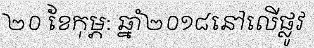
២០ ខែកុម្ភ: ឆ្នាំ២០១៨នៅលើផ្លូវ